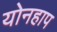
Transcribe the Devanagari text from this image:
योनहाप